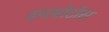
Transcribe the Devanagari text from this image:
डाएप्रोटोस